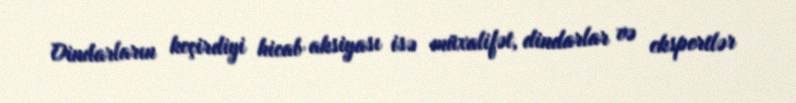
Dindarların keçirdiyi hicab aksiyası isə müxalifət, dindarlar və ekspertlər